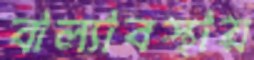
বাল্যাবস্থায়